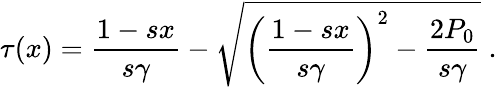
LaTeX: \tau(x)=\frac{1-sx}{s\gamma}-\sqrt{\left(\frac{1-sx}{s\gamma}\right)^{2}-\frac{2P_{0}}{s\gamma}}\; .